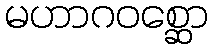
မဟာဂဝစ္ဆော